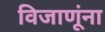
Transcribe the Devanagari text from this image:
विजाणूंना